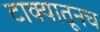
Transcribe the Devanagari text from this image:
टाक्यातूनच